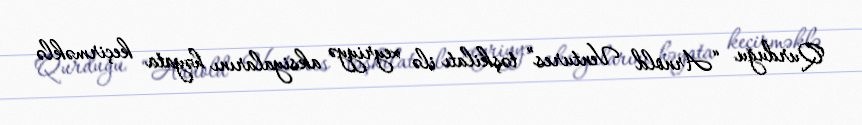
Qurduğu “Arnold Ventures” təşkilatı ilə xeyriyyə aksiyalarını həyata keçirməklə